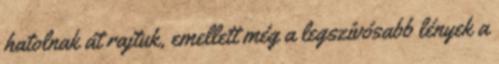
hatolnak át rajtuk, emellett még a legszívósabb lények a